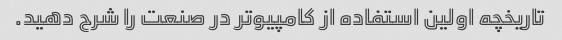
تاریخچه اولین استفاده از کامپیوتر در صنعت را شرح دهید.